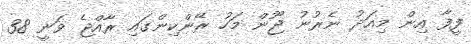
ފީފާ އިން މިއަދު ނެރުނު ޖޫން މަހު ރޭންކިންގައި ރާއްޖެ ވަނީ 38